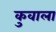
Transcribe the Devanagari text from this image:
कुवाला